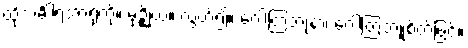
ထိုသင်္ခါရအာရုံကို။ မုဉ္စိုယ။ လွှတ်၍။ ဂေါတြဘုနာ၊ ဂေါတြဘူစိတ်ဖြင့်။